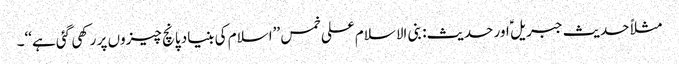
مثلاً حدیث جبریل ؑ اور حدیث: بنی الاسلام علی خمس ’’اسلام کی بنیاد پانچ چیزوں پر رکھی گئی ہے‘‘۔